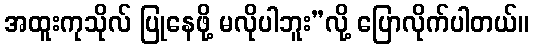
အထူးကုသိုလ် ပြုနေဖို့ မလိုပါဘူး”လို့ ပြောလိုက်ပါတယ်။